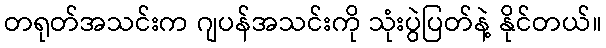
တရုတ်အသင်းက ဂျပန်အသင်းကို သုံးပွဲပြတ်နဲ့ နိုင်တယ်။